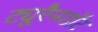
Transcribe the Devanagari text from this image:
ट्यूरैनडॉट